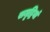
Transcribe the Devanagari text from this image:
समृद्धियां